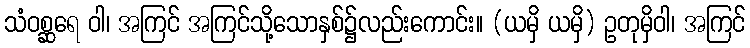
သံဝစ္ဆရေ ဝါ၊ အကြင် အကြင်သို့သောနှစ်၌လည်းကောင်း။ (ယမှိ ယမှိ) ဥတုမှိဝါ၊ အကြင်